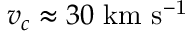
v _ { c } \approx 3 0 \ \mathrm { k m \ s ^ { - 1 } }